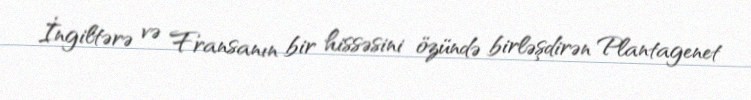
İngiltərə və Fransanın bir hissəsini özündə birləşdirən Plantagenet